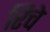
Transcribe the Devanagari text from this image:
रिचे